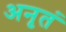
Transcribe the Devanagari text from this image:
अनृतं